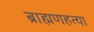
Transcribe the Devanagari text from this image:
ब्राह्मणहत्या